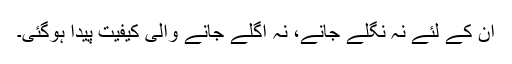
ان کے لئے نہ نگلے جانے، نہ اگلے جانے والی کیفیت پیدا ہوگئی۔